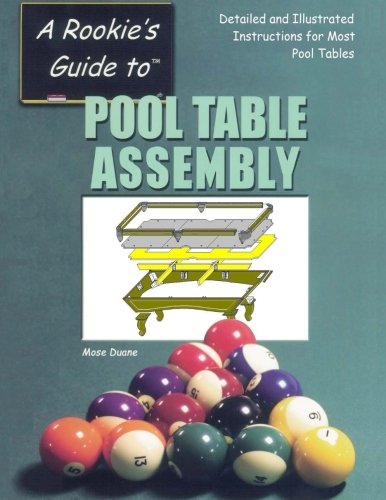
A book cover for Pool Table Assembly; Mose Duane; Sports & Outdoors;